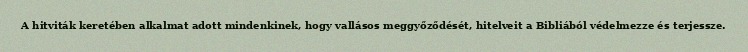
A hitviták keretében alkalmat adott mindenkinek, hogy vallásos meggyőződését, hitelveit a Bibliából védelmezze és terjessze.